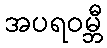
အပရဝမ္ဘီ